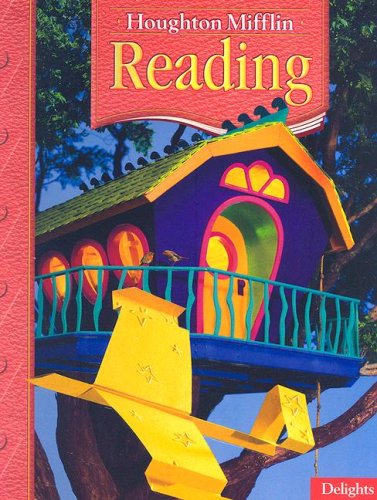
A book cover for Delights: Houghton Mifflin Reading, Level 2.2; HOUGHTON MIFFLIN; Children's Books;